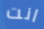
انت